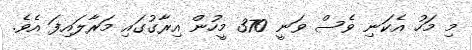
މި މަހު އެކަނި ވެސް ވަނީ 370 މީހުން އިރާގުގައި މަރާލައިފަ އެވެ.